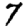
Digit: 7